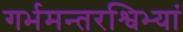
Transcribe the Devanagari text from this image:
गर्भमन्तरश्विभ्यां